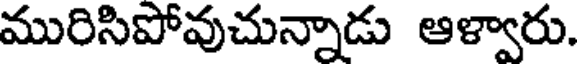
మురిసిపోవుచున్నాడు ఆళ్వారు.